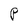
Character: P